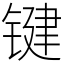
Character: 键